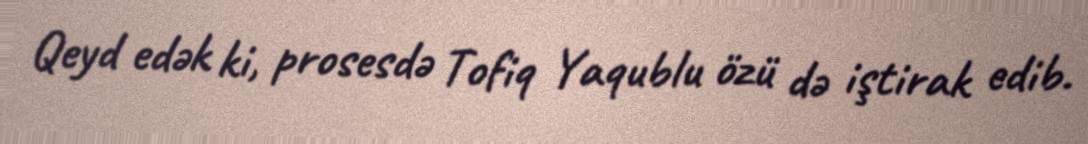
Qeyd edək ki, prosesdə Tofiq Yaqublu özü də iştirak edib.